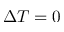
\Delta T = 0